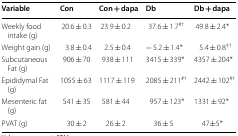
| Variable | Con | Con + dapa | Db | Db + dapa |
 | --- | --- | --- | --- | --- |
 | Weekly food intake (g) | 20.6 ± 0.3 | 23.9 ± 0.2 | 37.6 ± 1.7#† | 49.8 ± 2.4* |
 | Weight gain (g) | 3.8 ± 0.4 | 2.5 ± 0.4 | − 5.2 ± 1.4* | 5.4 ± 0.8‡† |
 | Subcutaneous Fat (g) | 906 ± 70 | 938 ± 111 | 3415 ± 339* | 4357 ± 204* |
 | Epididymal Fat (g) | 1055 ± 63 | 1117 ± 119 | 2085 ± 211#† | 2442 ± 102#† |
 | Mesenteric fat (g) | 541 ± 35 | 581 ± 44 | 957 ± 123* | 1331 ± 92* |
 | PVAT (g) | 30 ± 2 | 26 ± 2 | 36 ± 5 | 47±5* |